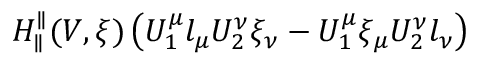
H _ { \parallel } ^ { \parallel } ( V , \xi ) \left( U _ { 1 } ^ { \mu } l _ { \mu } U _ { 2 } ^ { \nu } \xi _ { \nu } - U _ { 1 } ^ { \mu } \xi _ { \mu } U _ { 2 } ^ { \nu } l _ { \nu } \right)